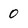
Character: 0